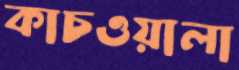
কাচওয়ালা